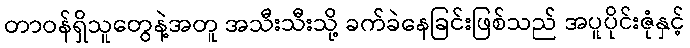
တာဝန်ရှိသူတွေနဲ့အတူ အသီးသီးသို့ ခက်ခဲနေခြင်းဖြစ်သည် အပူပိုင်းဇုံနှင့်